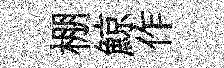
棚鯨作